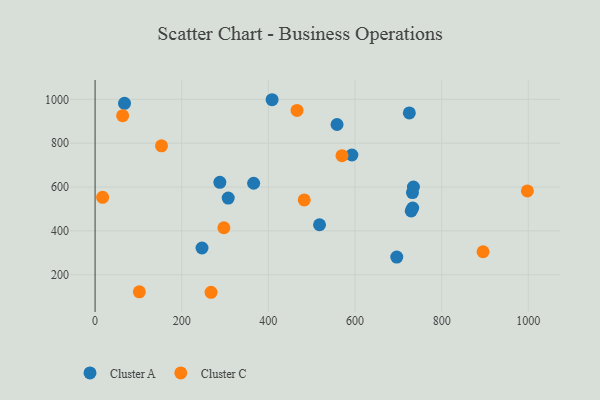
{"axis": {"x": "Investment", "y": "Exam Score"}, "legend": ["Cluster A", "Cluster C"], "data": [{"x": "408.6", "y": 998.2, "type": "Cluster A"}, {"x": "733.2", "y": 504.4, "type": "Cluster A"}, {"x": "288.0", "y": 621.4, "type": "Cluster A"}, {"x": "725.4", "y": 938.2, "type": "Cluster A"}, {"x": "732.6", "y": 574.8, "type": "Cluster A"}, {"x": "729.7", "y": 491.1, "type": "Cluster A"}, {"x": "246.8", "y": 321.9, "type": "Cluster A"}, {"x": "592.8", "y": 746.2, "type": "Cluster A"}, {"x": "518.1", "y": 427.9, "type": "Cluster A"}, {"x": "67.9", "y": 981.9, "type": "Cluster A"}, {"x": "734.9", "y": 600.2, "type": "Cluster A"}, {"x": "696.4", "y": 280.6, "type": "Cluster A"}, {"x": "558.5", "y": 885.1, "type": "Cluster A"}, {"x": "307.3", "y": 549.5, "type": "Cluster A"}, {"x": "366.0", "y": 617.2, "type": "Cluster A"}, {"x": "17.4", "y": 553.0, "type": "Cluster C"}, {"x": "466.2", "y": 949.3, "type": "Cluster C"}, {"x": "267.7", "y": 120.0, "type": "Cluster C"}, {"x": "153.3", "y": 788.0, "type": "Cluster C"}, {"x": "63.6", "y": 925.4, "type": "Cluster C"}, {"x": "102.2", "y": 122.2, "type": "Cluster C"}, {"x": "570.0", "y": 743.0, "type": "Cluster C"}, {"x": "297.3", "y": 414.4, "type": "Cluster C"}, {"x": "482.8", "y": 541.3, "type": "Cluster C"}, {"x": "997.9", "y": 582.3, "type": "Cluster C"}, {"x": "895.6", "y": 304.9, "type": "Cluster C"}]}